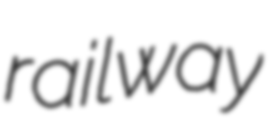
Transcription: railway